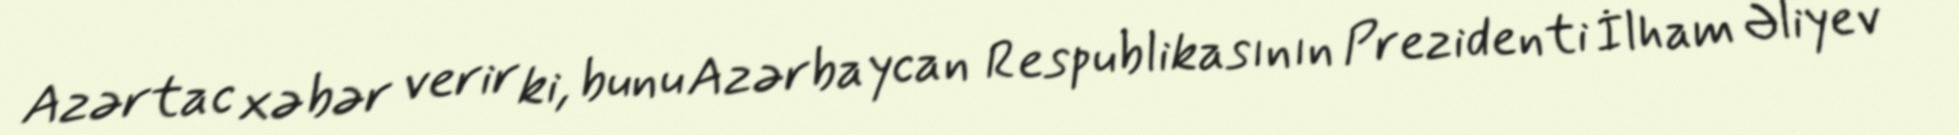
Azərtac xəbər verir ki, bunu Azərbaycan Respublikasının Prezidenti İlham Əliyev